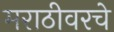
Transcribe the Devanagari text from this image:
मराठीवरचे